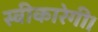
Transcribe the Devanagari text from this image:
स्वीकारेगी।